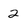
Character: 2